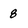
Character: 8